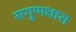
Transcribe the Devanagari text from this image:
सगुणधारा